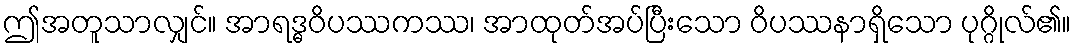
ဤအတူသာလျှင်။ အာရဒ္ဓဝိပဿကဿ၊ အာထုတ်အပ်ပြီးသော ဝိပဿနာရှိသော ပုဂ္ဂိုလ်၏။